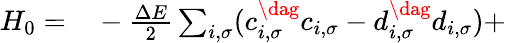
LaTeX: \begin{array}{rl}{H_{0}=}&{{}-\frac{\Delta E}{2}\sum_{i,\sigma}(c_{i,\sigma}^{\dag}c_{i,\sigma}-d_{i,\sigma}^{\dag}d_{i,\sigma})+}\end{array}